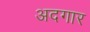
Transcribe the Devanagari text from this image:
अदगार